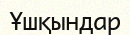
Ұшқындар